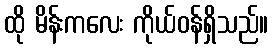
ထို မိန်းကလေး ကိုယ်ဝန်ရှိသည်။